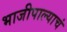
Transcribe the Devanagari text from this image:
भाजीपाल्याचं